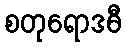
စတုရောဒဓီ